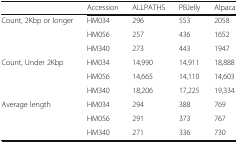
|  | Accession | ALLPATHS | PBJelly | Alpaca |
 | --- | --- | --- | --- | --- |
 | <ROWSPAN=3> Count, 2Kbp or longer | HM034 | 296 | 553 | 2058 |
 | HM056 | 257 | 436 | 1652 |
 | HM340 | 273 | 443 | 1947 |
 | <ROWSPAN=3> Count, Under 2Kbp | HM034 | 14,990 | 14,911 | 18,888 |
 | HM056 | 14,665 | 14,110 | 14,603 |
 | HM340 | 18,206 | 17,225 | 19,334 |
 | <ROWSPAN=3> Average length | HM034 | 294 | 388 | 769 |
 | HM056 | 291 | 373 | 767 |
 | HM340 | 271 | 336 | 730 |